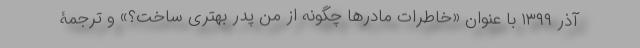
آذر ۱۳۹۹ با عنوان «خاطرات مادرها چگونه از من پدر بهتری ساخت؟» و ترجمۀ